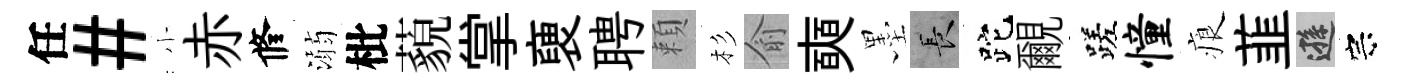
任#小赤修溺枇藐掌褏聘頼杉俞奭墨长跎覼蹉憧痕韮遜宗